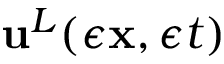
{ \mathbf { u } } ^ { L } ( \epsilon { \mathbf { x } } , \epsilon t )